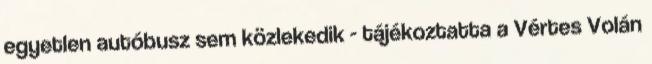
egyetlen autóbusz sem közlekedik - tájékoztatta a Vértes Volán